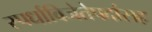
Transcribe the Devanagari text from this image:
स्पर्धाविजेतेपदांसह